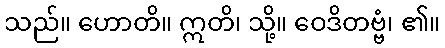
သည်။ ဟောတိ။ ဣတိ၊ သို့။ ဝေဒိတဗ္ဗံ၊ ၏။